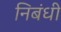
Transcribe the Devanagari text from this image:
निबंधी